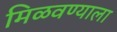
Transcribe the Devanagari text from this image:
मिळवण्याला